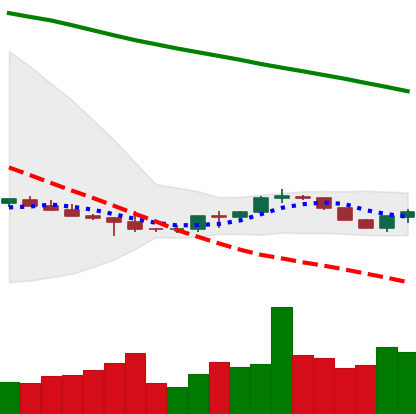
Ticker: BTC-USD
Chart end date: 2022-07-14
Forward return: 13.707%
Label: up_7plus